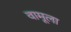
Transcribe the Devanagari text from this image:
वामूला